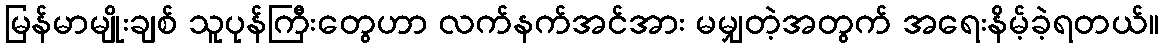
မြန်မာမျိုးချစ် သူပုန်ကြီးတွေဟာ လက်နက်အင်အား မမျှတဲ့အတွက် အရေးနိမ့်ခဲ့ရတယ်။